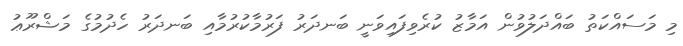
މި މަސައްކަތު ބައްދަލުވުން އަމާޒު ކުރެވިފައިވަނީ ބަނދަރު ފަރުމާކުރުމާއި ބަނދަރު ހެދުމުގެ މަޝްރޫޢު